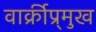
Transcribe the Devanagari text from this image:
वार्क्रीप्र्मुख